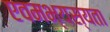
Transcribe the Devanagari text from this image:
एवमभ्यस्यता